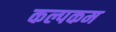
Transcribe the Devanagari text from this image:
कल्पकम